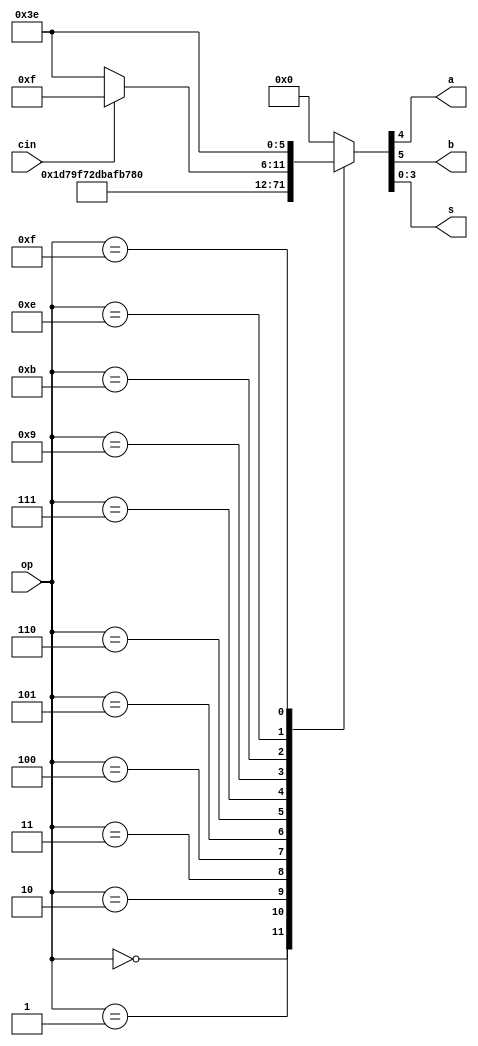
module decoder(op, cin, a, b, s);
    input wire [3:0] op;
    input wire cin;
    output reg a, b;
    output reg[3:0] s;
    reg [5:0] data;

    always @(op) begin
        case(op)
            4'b0000: {b, a, s} <= 6'b000111;
            4'b0001: {b, a, s} <= 6'b010111;
            4'b0010: {b, a, s} <= 6'b100111;
            4'b0011: {b, a, s} <= 6'b110111;
            4'b0100: {b, a, s} <= 6'b001011;
            4'b0101: {b, a, s} <= 6'b011011;
            4'b0110: {b, a, s} <= 6'b101011;
            4'b0111: {b, a, s} <= 6'b111011;
            4'b1001: {b, a, s} <= 6'b011101;
            4'b1011: {b, a, s} <= 6'b111101;
            4'b1110:
                begin
                    if (cin == 1'b1) 
                        {b, a, s} <= 6'b001111;
                    else
                        {b, a, s} <= 6'b111110;
                end
            4'b1111: {b, a, s} <= 6'b111110;
            default: {b, a, s} <= 6'b000000;
        endcase
        $write("[%t] decoder(%b, %b): %b\n", $time, op, cin, {b, a, s});
    end
endmodule

/*
module decoder_sim();
    reg[3:0] op;
    reg cin;
    wire a, b;
    wire[3:0] s;
    decoder decoder_instance(op, cin, a, b, s);

    initial begin
        op = 4'b0000;
        #10 op = 4'b0001;
        #10 op = 4'b0010;
        #10 op = 4'b0011;
        #10 op = 4'b0100;
        #10 op = 4'b0101;
        #10 op = 4'b0110;
        #10 op = 4'b0111;
        #10 op = 4'b1000;
        #10 op = 4'b1001;
        #10 op = 4'b1010;
        #10 op = 4'b1011;
        #10 op = 4'b1100;
        #10 op = 4'b1101;
        #10 op = 4'b1110;
        #10 op = 4'b1111;
        #10 op = 4'b0000;
        #10 op = 4'b0001;
        #10 op = 4'b0010;
        #10 op = 4'b0011;
        #10 op = 4'b0100;
        #10 op = 4'b0101;
        #10 op = 4'b0110;
        #10 op = 4'b0111;
        #10 op = 4'b1000;
        #10 op = 4'b1001;
        #10 op = 4'b1010;
        #10 op = 4'b1011;
        #10 op = 4'b1100;
        #10 op = 4'b1101;
        #10 op = 4'b1110;
        #10 op = 4'b1111;
    end

    initial begin
        cin = 0;
        #150 cin = 1;
        #300 $finish();
    end

    initial begin
        $dumpfile("decoder_sim.vcd");
        $dumpvars(0, decoder_instance);
    end
endmodule
*/